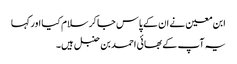
ابن معین نے ان کے پاس جا کر سلام کیا اور کہا
یہ آپ کے بھائی احمد بن حنبل ہیں۔